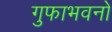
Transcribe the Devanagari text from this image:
गुफाभवनों